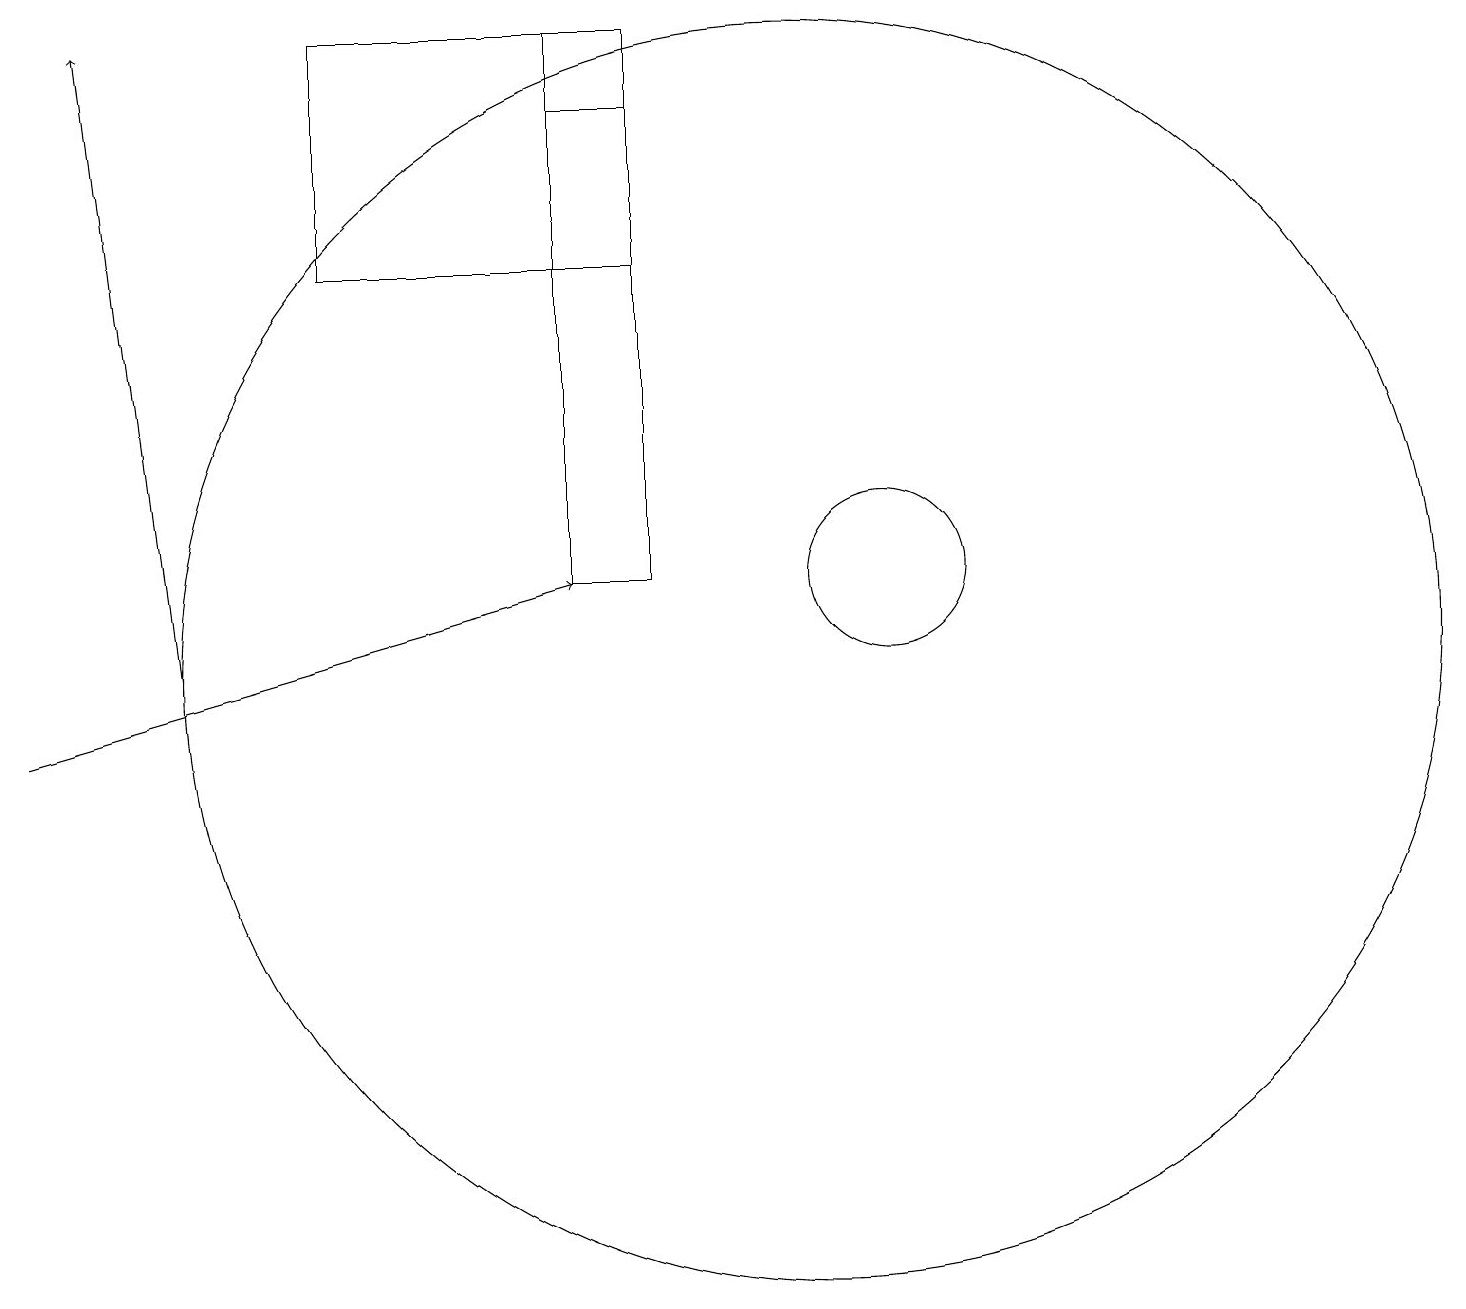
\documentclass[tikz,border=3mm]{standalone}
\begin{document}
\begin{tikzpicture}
\draw[->] (2,11) -- (1,19);
\draw (11,12) circle (1);
\draw (8,19) rectangle (4,16);
\draw (8,18) rectangle (7,19);
\draw (8,18) rectangle (7,12);
\draw (10,11) circle (8);
\draw[->] (0,10) -- (7,12);
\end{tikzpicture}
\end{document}